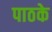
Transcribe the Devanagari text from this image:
पाठके